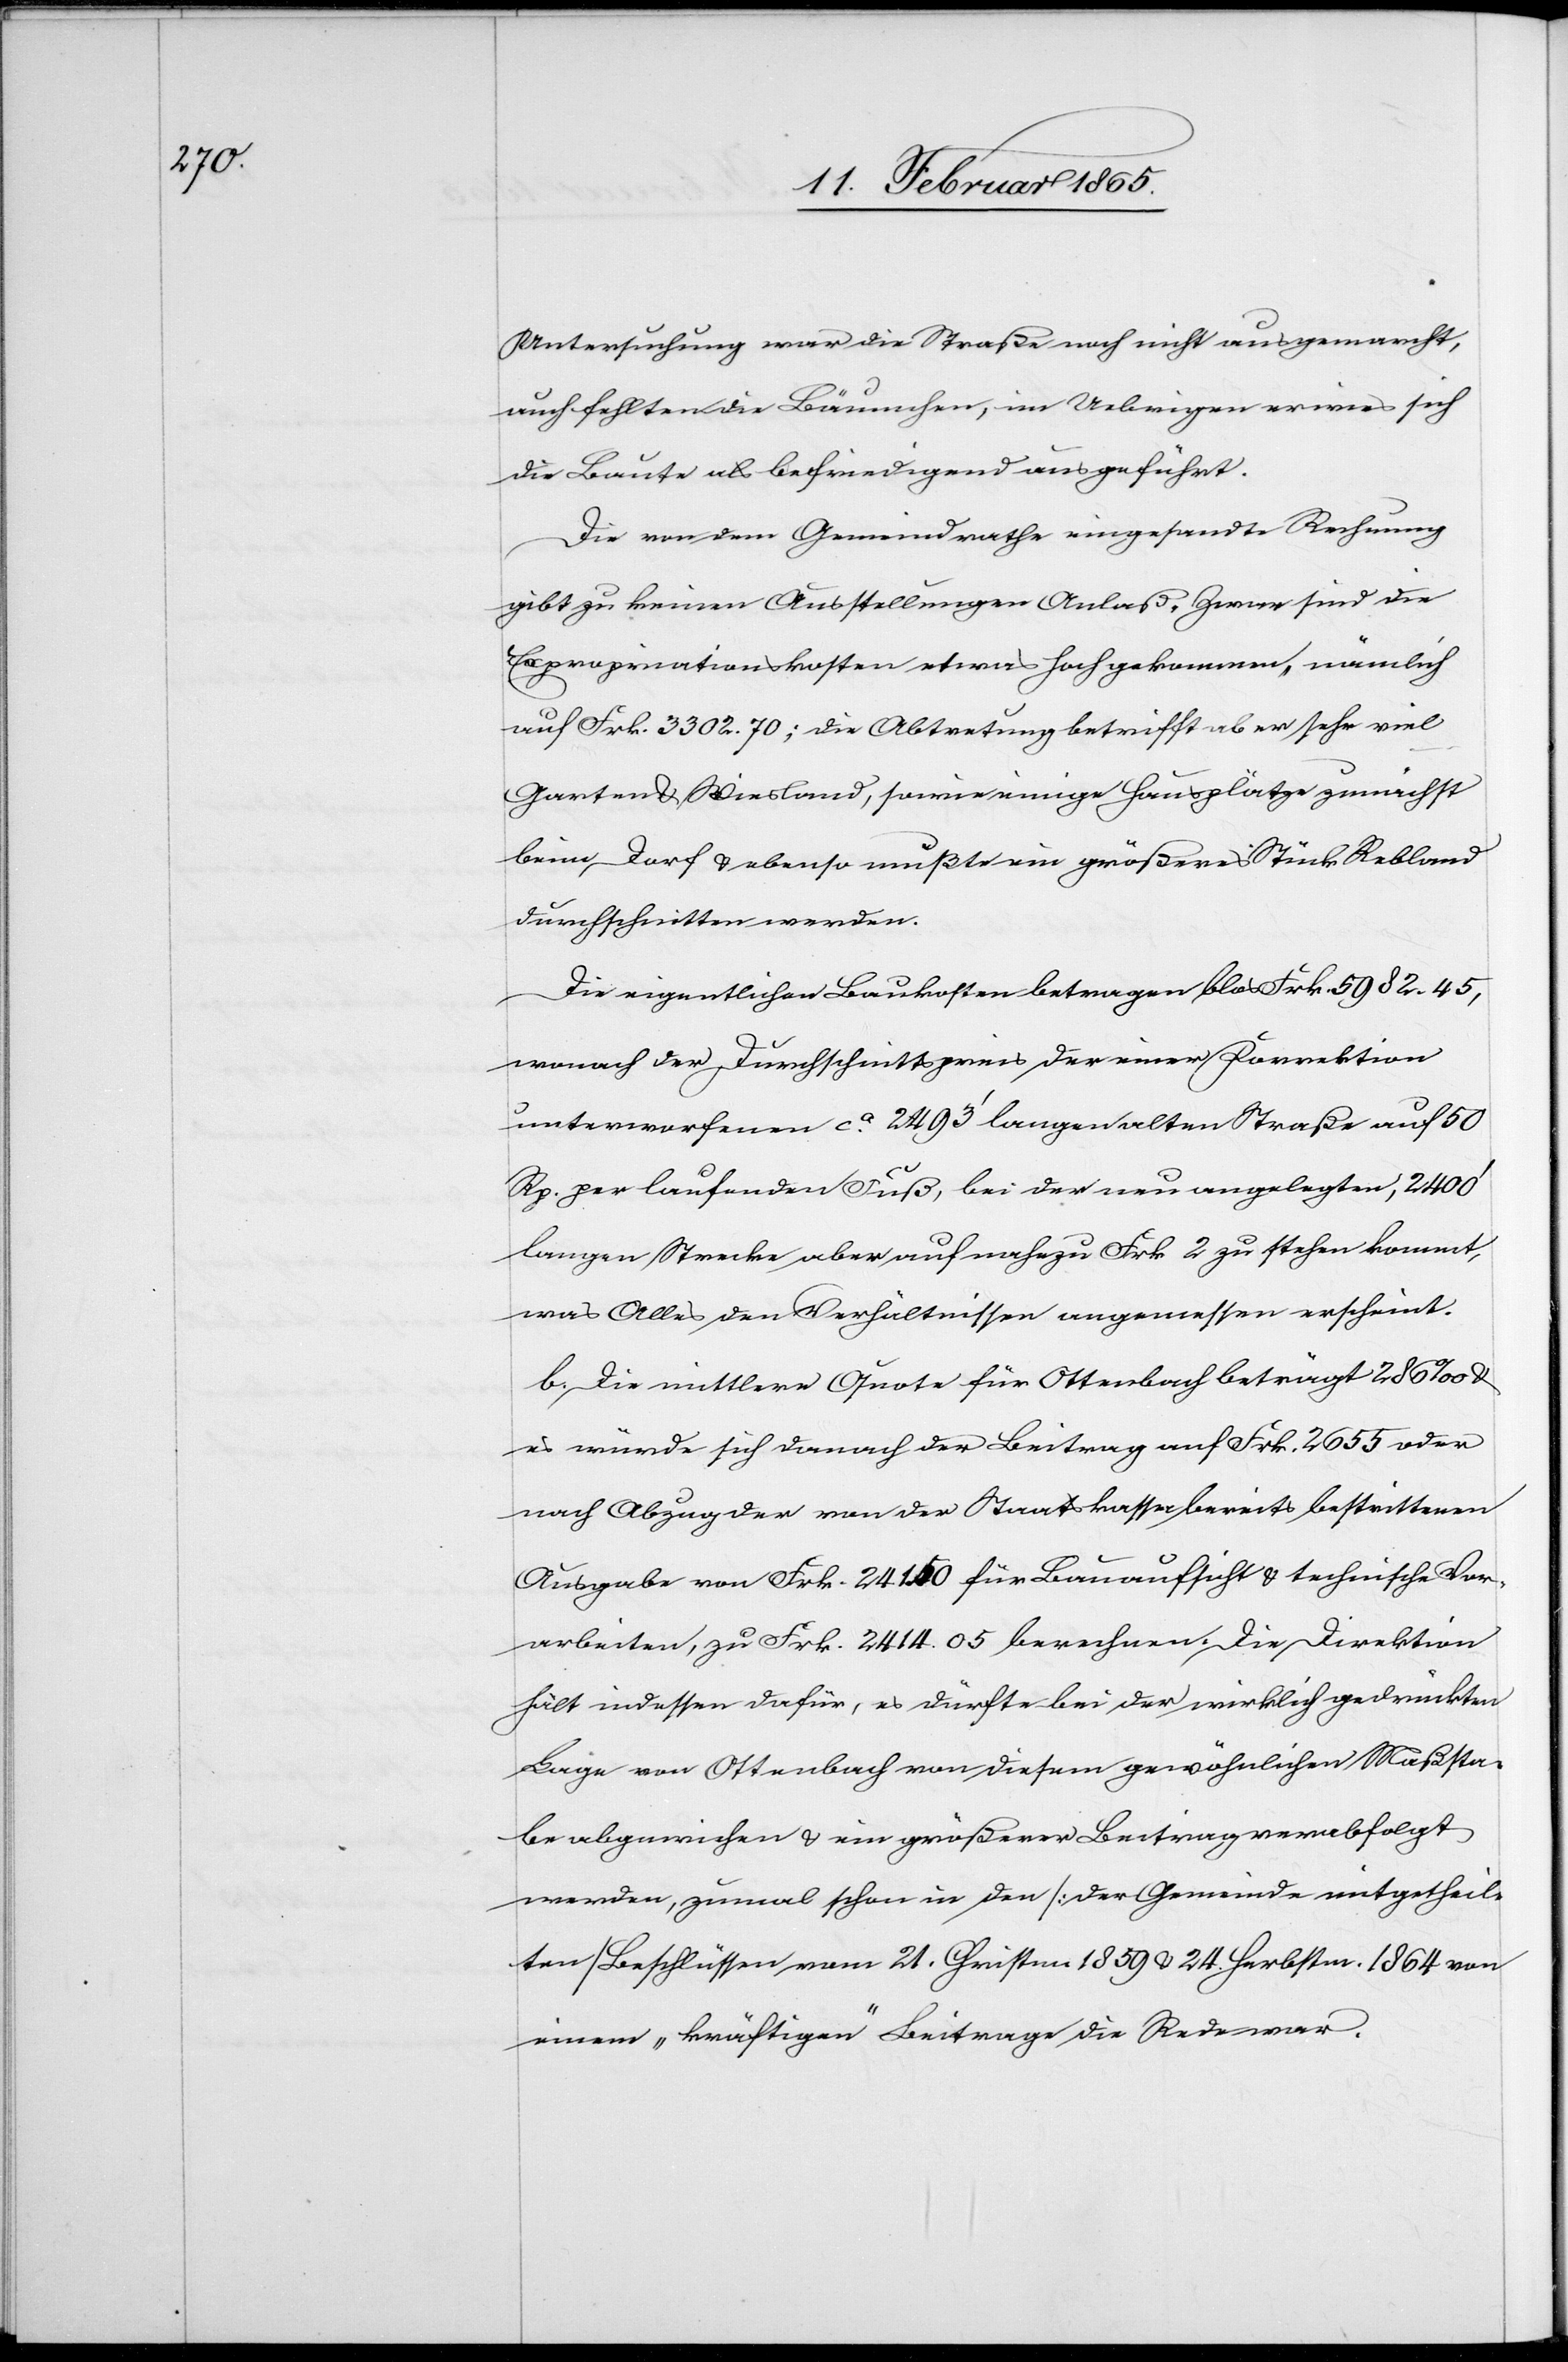
Untersuchung war die Straße noch nicht ausgemarcht,
auch fehlten die Bäumchen, im Uebrigen erwies sich
die Baute als befriedigend ausgeführt.
Die von dem Gemeindrathe eingesandte Rechnung
gibt zu keinen Ausstellungen Anlaß, Zwar sind die
Expropriationskosten etwas hoch gekommen, nämlich
auf Frk. 3302. 70; die Abtretung betrifft aber sehr viel
Garten u. Wiesland, sowie einige Hausplätze zunächst
beim Dorf u. ebenso müßte ein größeres Stück Rebland
durchschnitten werden.
Die eigentlichen Baukosten betragen blos Frk. 5982. 45,
wonach der Durchschnittspreis der einer Korrektion
unterworfenen ca 2493’ langen alten Straße auf 50
Rp. per laufenden Fuß, bei der neu angelegten, 2400’
langen Strecke aber auf nahezu Frk. 2 zu stehen kommt,
was Alles den Verhältnissen angemessen erscheint.
b. Die mittlere Quote für Ottenbach beträgt 286 ‰ u.
es würde sich danach der Beitrag auf Frk. 2655 oder
nach Abzug der von der Staatskassa bereits bestrittenen
Ausgabe von Frk. 241. 50 für Bauaufsicht u. technische Vor¬
arbeiten, zu Frk. 2414. 05 berechnen. Die Direktion
hält indessen dafür, es dürfte bei der wirklich gedrückten
Lage von Ottenbach von diesem gewöhnlichen Maßsta¬
be abgewichen u. ein größerer Beitrag verabfolgt
werden, zumal schon in den [der Gemeinde mitgetheil¬
ten] Beschlüssen vom 21. Christm. 1859 u. 24. Herbstm. 1864 von
einem „kräftigen“ Beitrage die Rede war.